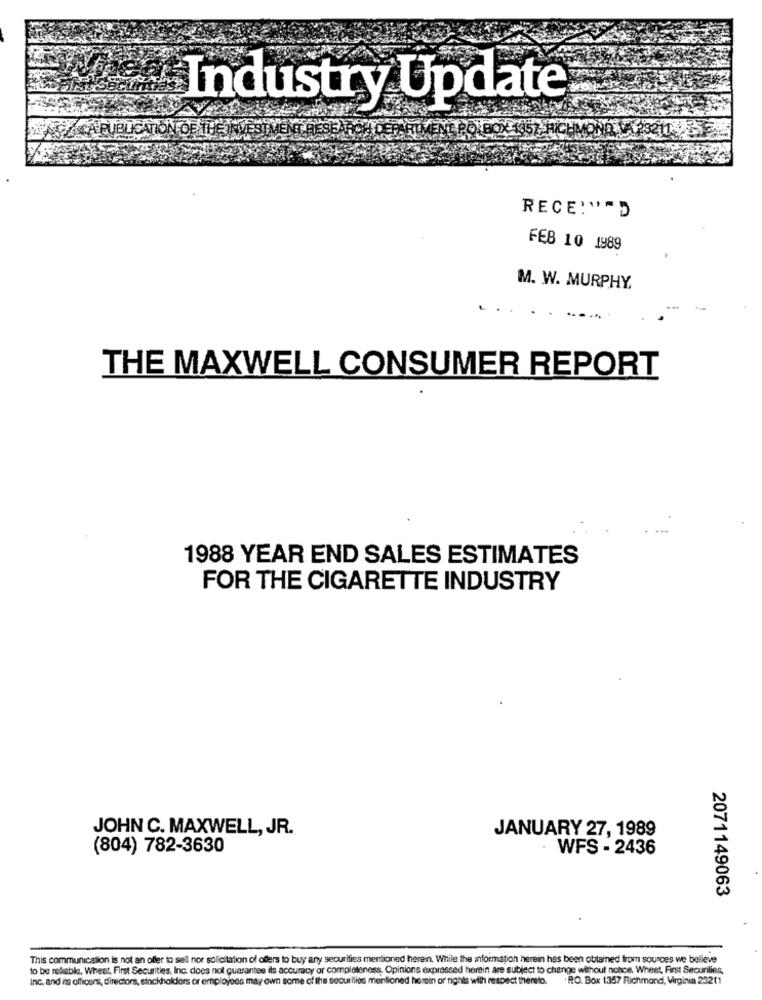
Industry Update
RECE:"AD
FEB 10 1989
M. W. MURPHY,
THE MAXWELL CONSUMER REPORT
1988 YEAR END SALES ESTIMATES
FOR THE CIGARETTE INDUSTRY
JOHN C. MAXWELL, JR.
JANUARY 27, 1989
(804) 782-3630
WFS - 2436
2071149063
This communication is not an offer to sell nor solicitation of offers to buy any securities mentioned herein. While the information herein has been obtained from sources we believe
to be reliable, Wheat, First Securities, Inc. does not guarantee its accuracy or completeness, Opinions expressed herein are subject to change without nohoe. Wheat, First Securities,
Inc. and is officers, directors, stockholders or employees may own some of the securities mentioned harein ar rights with respect theneto.
. R.O. Box 1357 Richmond, Virginia 23211